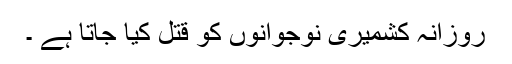
روزانہ کشمیری نوجوانوں کو قتل کیا جاتا ہے ۔